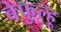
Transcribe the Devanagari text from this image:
बेफुल्हू